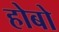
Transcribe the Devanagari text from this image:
होबो